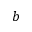
b